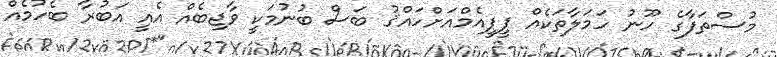
މުސްތަފާގެ ހޫނު ހަމަލާތަކެއް ޕީޕީއެމްއަށްހައްޤު ބަސް ބުނުމަކީ ވާޖިބެއް އެއީ އަބުރާ ބެހުމެއް